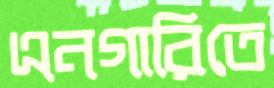
এনগারিতে